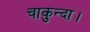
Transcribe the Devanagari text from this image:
चाकुन्दा।